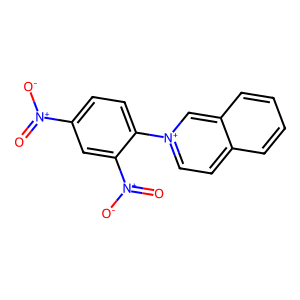
SMILES: O=[N+]([O-])c1ccc(-[n+]2ccc3ccccc3c2)c([N+](=O)[O-])c1
Inhibits HIV replication: No